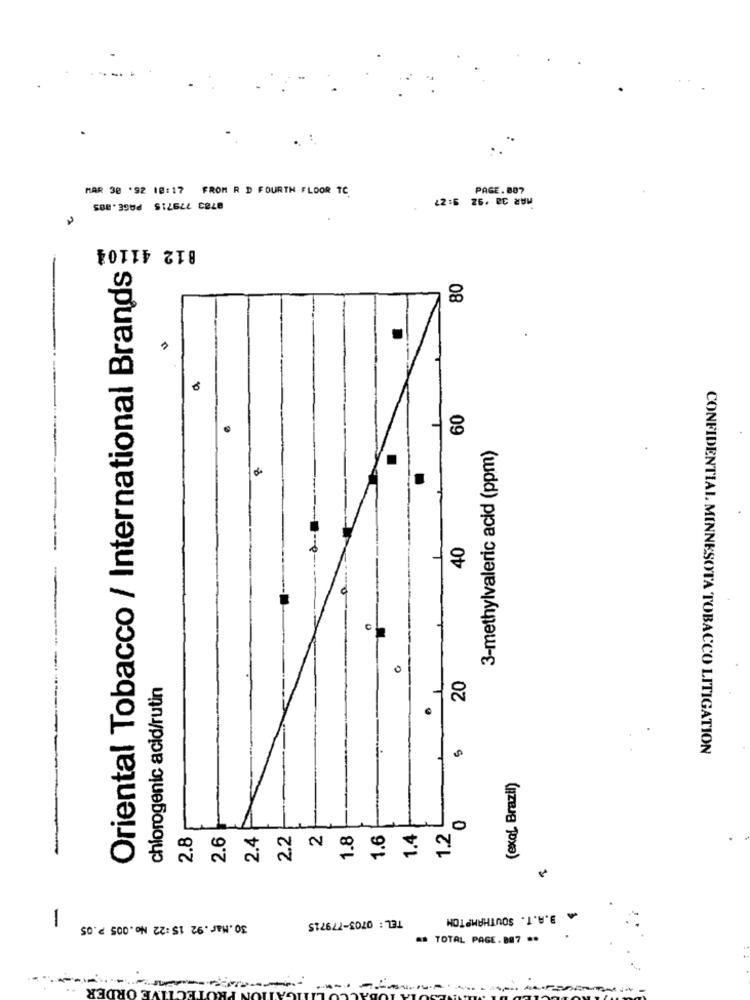
MAR 30 '92 18:17 FROM R D FOURTH FLOOR TC
PAGE. 887
MAR 30 '92 3:27
0783 779715 PAGE.B85
812 41104
Oriental Tobacco / International Brands
80
60
3-methylvaleric acid (ppm)
40
0
chiorogenic acid/rutin
.
12
1.
CONFIDENTIAL MINNESOTA TOBACCO LITIGATION
(exal Brazil)
2.8
2.6
2.4
2.2
2
1.6
1.4
1.2
0
JA B.A.T. SOUTHAMPTON
1
30.Mar.92 15:22 No.005 P.05
TEL: 0703-779715
# TOTAL PAGE. 807 **